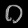
Digit: ၀